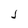
Character: J